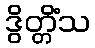
ဒွိတ္တိံသ